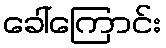
ခေါ်ကြောင်း